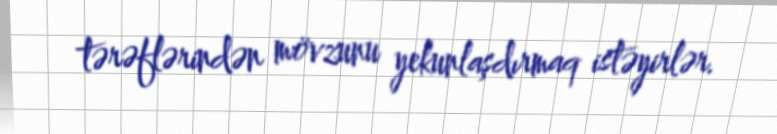
tərəflərindən mövzunu yekunlaşdırmaq istəyirlər.